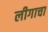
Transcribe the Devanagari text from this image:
लीगाचा